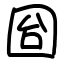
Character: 囼